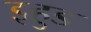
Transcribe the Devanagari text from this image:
इहुड